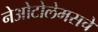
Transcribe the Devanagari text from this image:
नेओटोलेमसचे